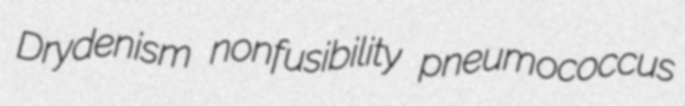
Drydenism nonfusibility pneumococcus